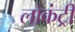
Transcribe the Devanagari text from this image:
लोकंट्री